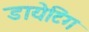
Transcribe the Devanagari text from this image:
डायेटिंग